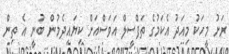
ރަށު މީހަކު މިއަދު އެކަމުގެ ތަފްސީލް އަވަސްއަށް ކިޔައިދެމުން ބުނީ އެ ތިން